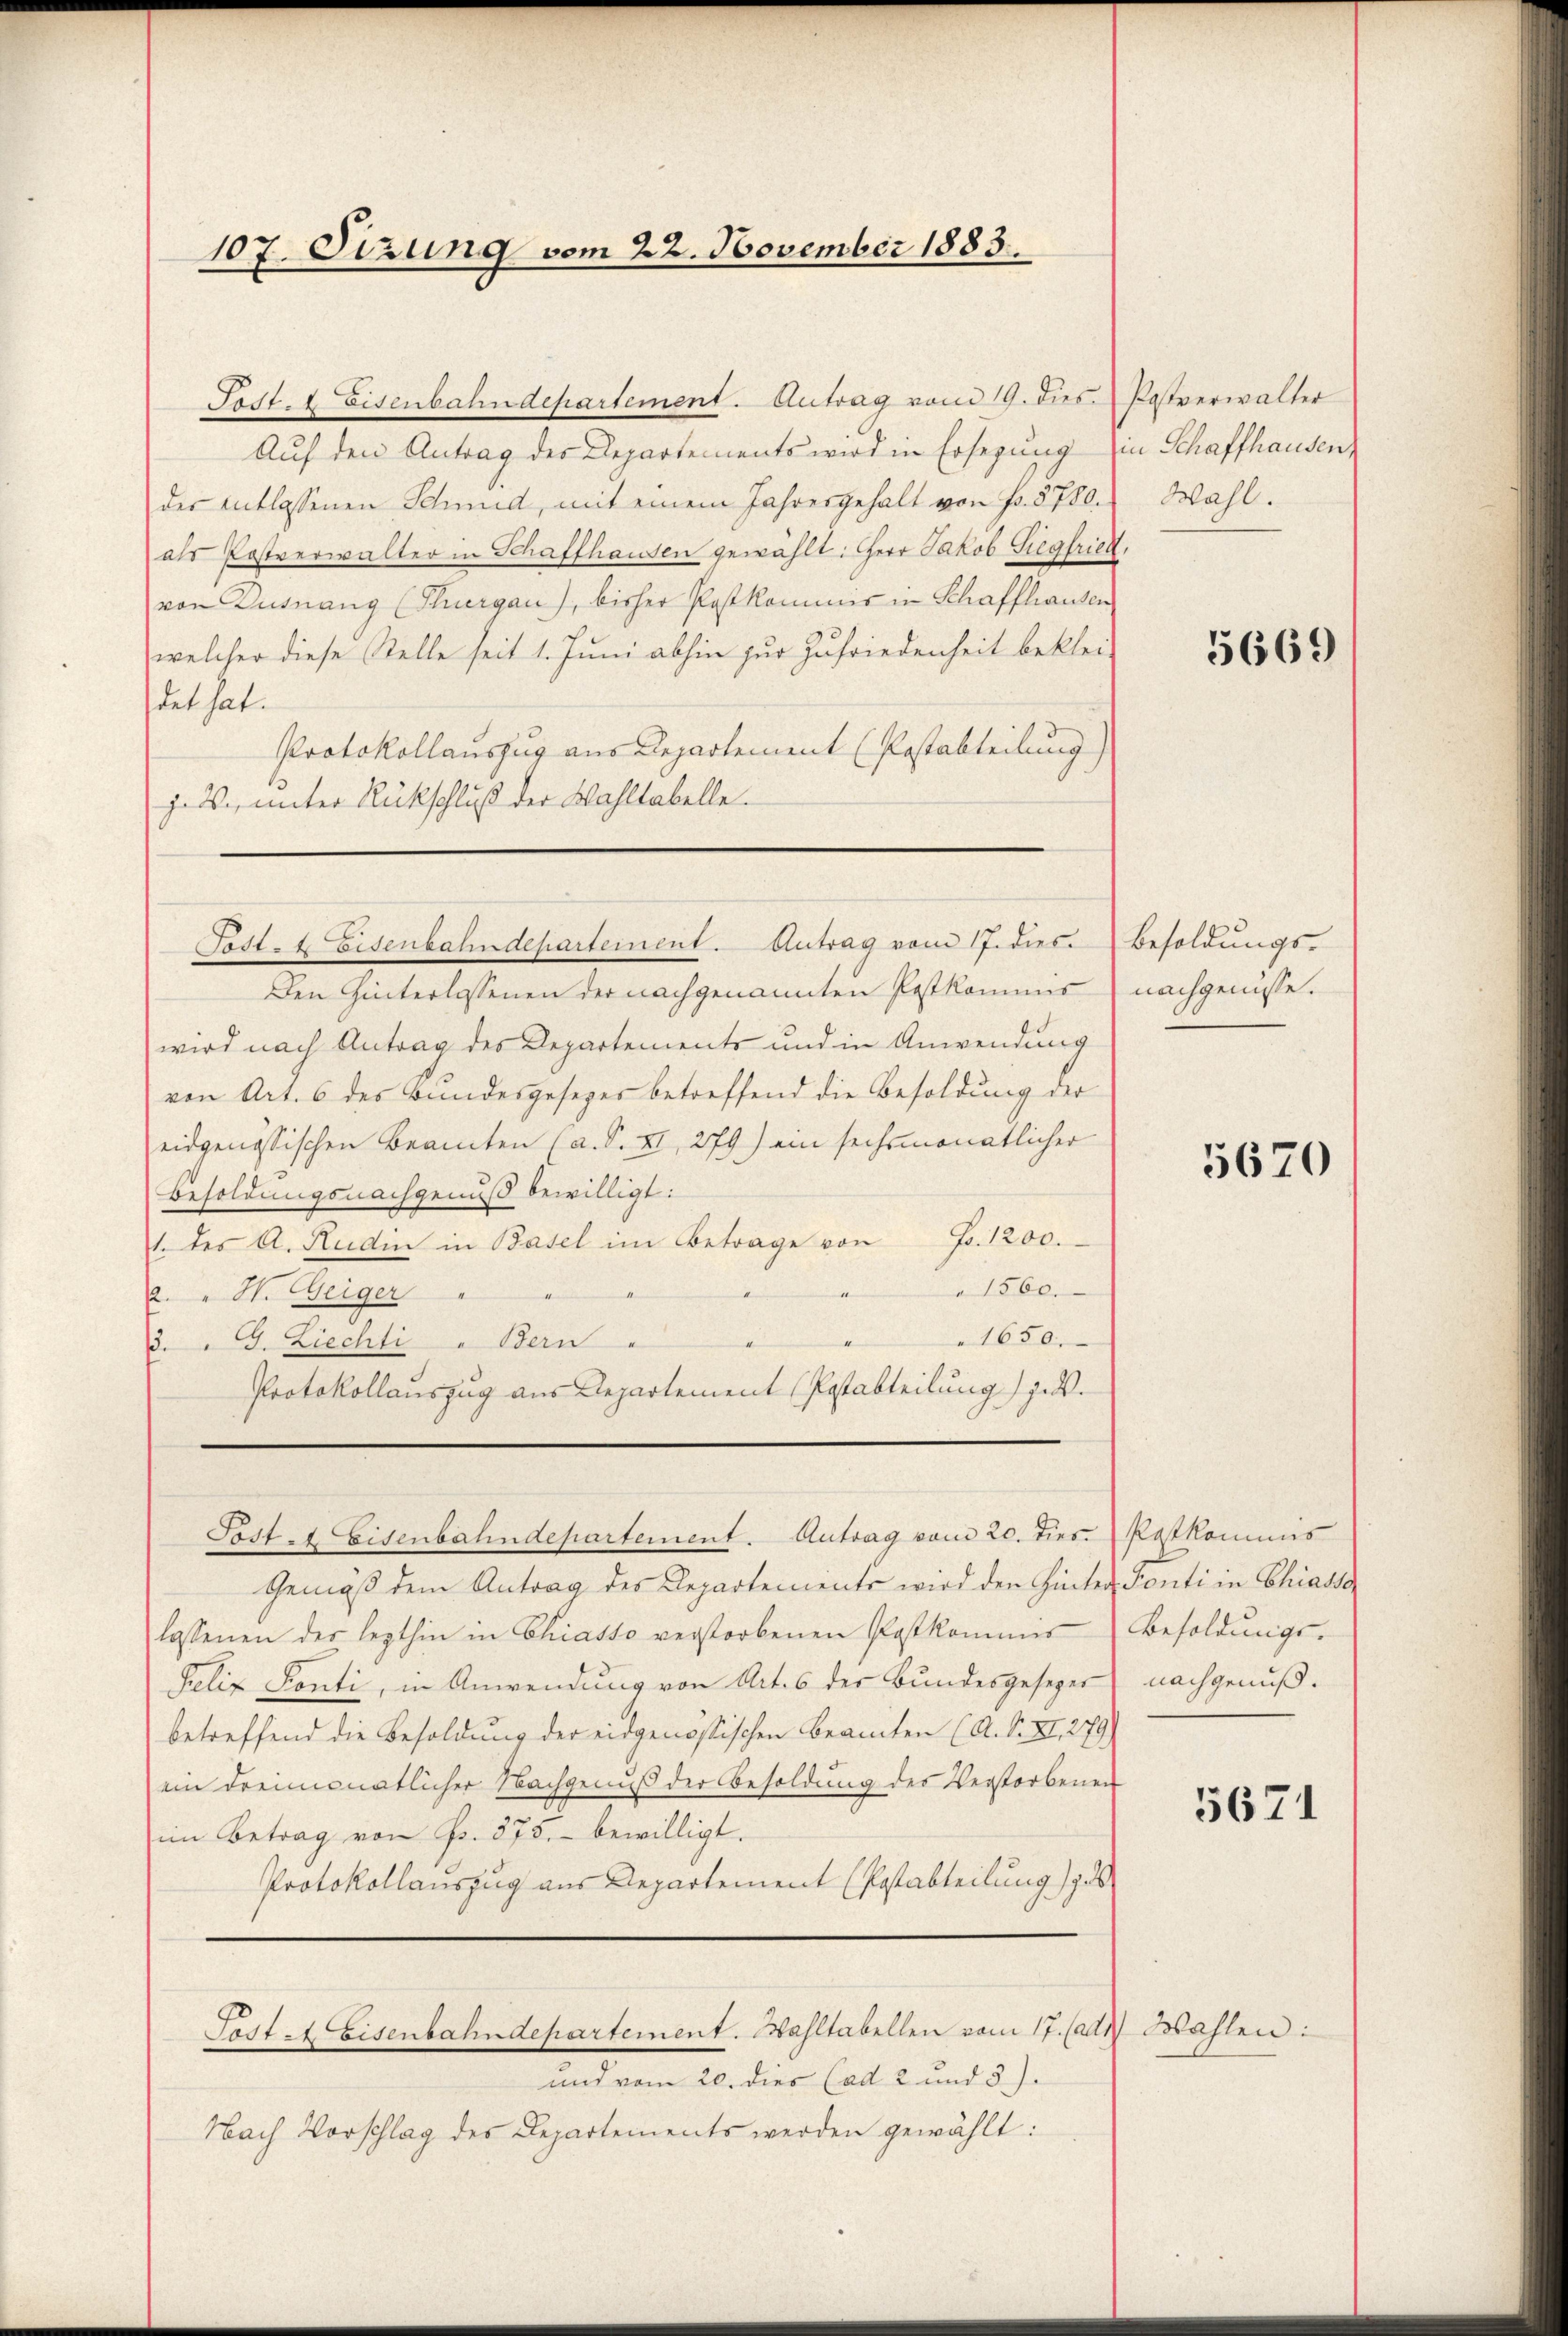
107. Sizung vom 22. November 1883.

Auf den Antrag des Departements wird in Ersezung in Schaffhausen,
der entlassenen Schmid, mit einem Jahresgehalt von Fr. 8780.
als Postverwalter in Schaffhausen gewählt: Herr Jakob Siegfried.
von Dusnang (Thurgau), bisher Postkommis in Schaffhausen
welcher diese Stelle seit 1. Juni abhin zur Zufriedenheit beklei-
det hat.
Protokollauszug aus Departement (Postabteilung)
j. W. unter Rückschluß der Wahltabelle.

Post. 2 Eisenbahndepartement. Antrag vom 19. dies Postverwalter

Post- & Eisenbahndeparteinent. Antrag vom 17. dies

Den Hinterlassenen der nachgenannten Postkommis nachgenusse.
wird nach Antrag des Departements und in Anwendung
von Art. 6 des Bundesgesezes betreffend die Besoldung der
eidgenössischen Beamten (a. S. XI, 279) ein sechsmonatlicher
Besoldungsnachgenuß bewilligt:
1. des A. Rudi in Basel im Betrage von Fr. 1200.
2. " H. Geiger
1650.
3. " G. Ziechti " Bern
Protokollauszug aus Departement (Postabteilung) jed

Post es Eisenbahndepartement. Antrag vom 20. dies. Postkommis

1560.

Gemäß dem Antrag des Departements wird den Hinter Ponti in Chiassa
lassenen des lezthin in Chiasso verstorbenen Postkommis Besoldŭngs-
Felix Fonti, in Anwendung von Art. 6 der Bundesgesezer
betreffend die Besoldung der eidgenössischen Beamten (A. S. XI. 279)
ein dreimonatlicher Nachgenuß der Besoldung des Verstorbenen
im Betrag von Fr. 373. bewilligt.
Protokollauszug aus Departement (Postabteilung d

und vom 20. dies (ad 2 und 3).
Nach Vorschlag des Departements werden gewählt:

Feste Eisenbahndepartement. Wahltabellen vom 17. (adt

Wahl.

Wahlen

5669

Besoldungs-

5670

nachgenuß.

5671